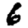
Digit: 6